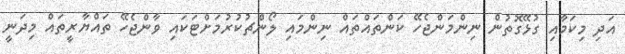
އަދި މިކަމާއި ގުޅޭގޮތުން ނިންމަންޖެހޭ ކަންތައްތައް ނިންމައި ލޯންޗުކުރުމަށްޓަކައި ވާންޖެހޭ ތައްޔާރީތައް މިދަނީ